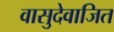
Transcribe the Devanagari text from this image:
वासुदेवाजित